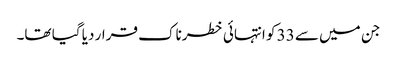
جن میں سے 33 کو انتہائی خطرناک قرار دیا گیا تھا۔